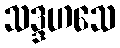
သဒ္ဒဟသေ